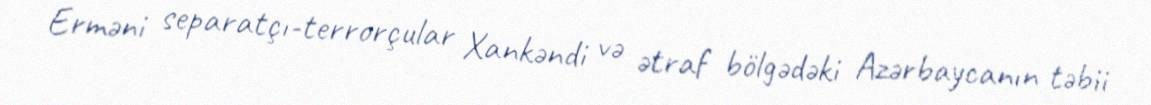
Erməni separatçı-terrorçular Xankəndi və ətraf bölgədəki Azərbaycanın təbii